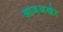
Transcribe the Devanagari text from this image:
आजअखेर